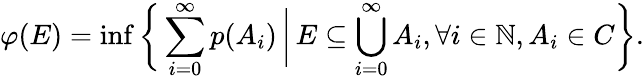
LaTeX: \varphi(E)=\operatorname*{inf}{\biggl\{ }\sum_{i=0}^{\infty}p(A_{i})\, {\bigg|}\, E\subseteq\bigcup_{i=0}^{\infty}A_{i},\forall i\in\mathbb{N},A_{i}\in C{\biggr\} }.